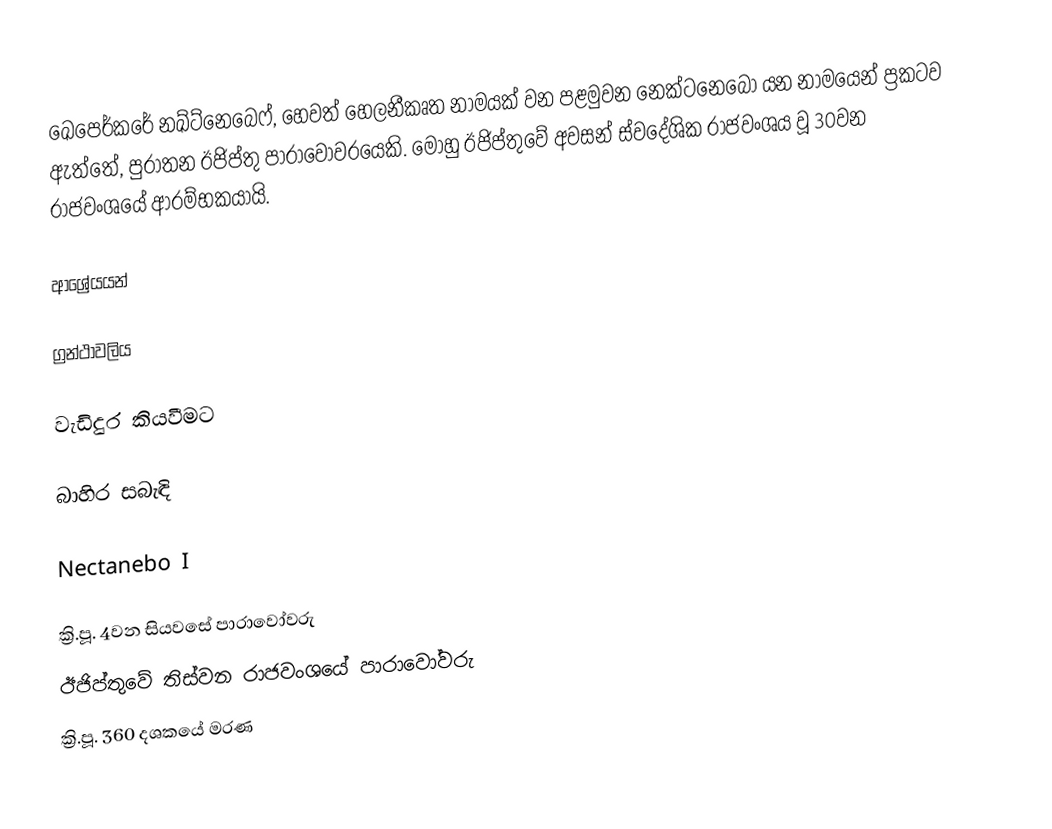
ඛෙපෙර්කරේ නඛ්ට්නෙබෙෆ්, හෙවත් හෙලනීකෘත නාමයක් වන පළමුවන නෙක්ටනෙබෝ යන නාමයෙන් ප්‍රකටව ඇත්තේ, පුරාතන ඊජිප්තු පාරාවෝවරයෙකි. මොහු ඊජිප්‍තුවේ අවසන් ස්වදේශික රාජවංශය වූ 30වන රාජවංශයේ ආරම්භකයායි.

ආශ්‍රේයයන්

ග්‍රන්ථාවලිය

වැඩිදුර කියවීමට

බාහිර සබැඳි

Nectanebo I

ක්‍රි.පූ. 4වන සියවසේ පාරාවෝවරු
ඊජිප්තුවේ තිස්වන රාජවංශයේ පාරාවෝවරු
ක්‍රි.පූ. 360 දශකයේ මරණ